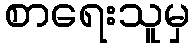
စာရေးသူမှ